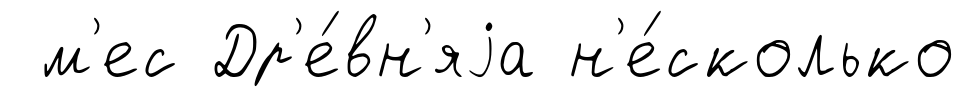
м'ес Др'е́вн'яjа н'е́сколько